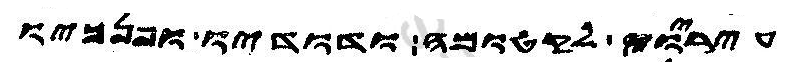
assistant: עיריו לקטומה ודודיו ופנכיו